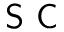
\textsf { S C }